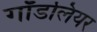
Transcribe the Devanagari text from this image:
गॉडलियर